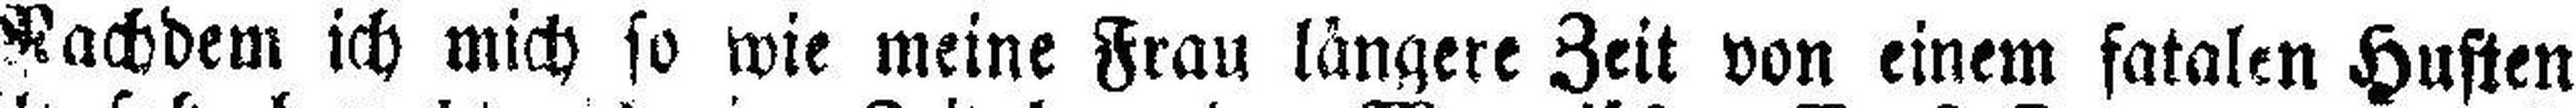
Nachdem ich mich so wie meine Frau längere Zeit von einem fatalen Husten